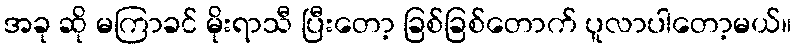
အခု ဆို မကြာခင် မိုးရာသီ ပြီးတော့ ခြစ်ခြစ်တောက် ပူလာပါတော့မယ်။